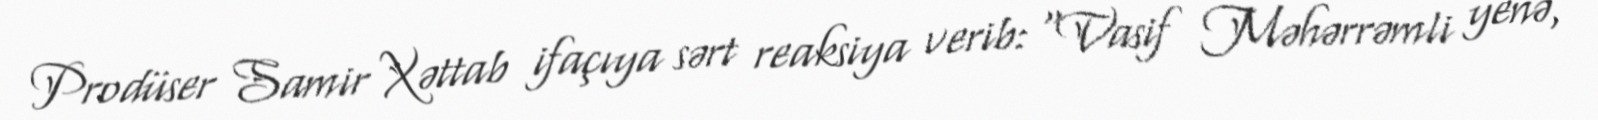
Prodüser Samir Xəttab ifaçıya sərt reaksiya verib: “Vasif Məhərrəmli yenə,